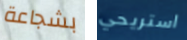
بشجاعة استريحي